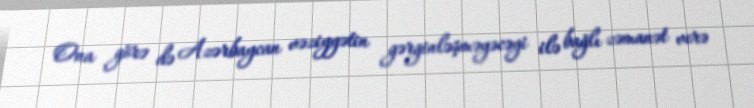
Ona görə də Azərbaycan vəziyyətin gərginləşməyəcəyi ilə bağlı zəmanət verə